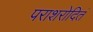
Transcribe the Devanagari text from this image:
पराशरोदितं